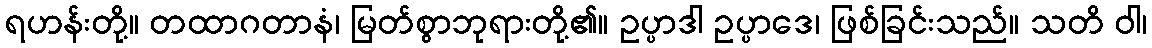
ရဟန်းတို့။ တထာဂတာနံ၊ မြတ်စွာဘုရားတို့၏။ ဥပ္ပာဒါ ဥပ္ပာဒေ၊ ဖြစ်ခြင်းသည်။ သတိ ဝါ၊